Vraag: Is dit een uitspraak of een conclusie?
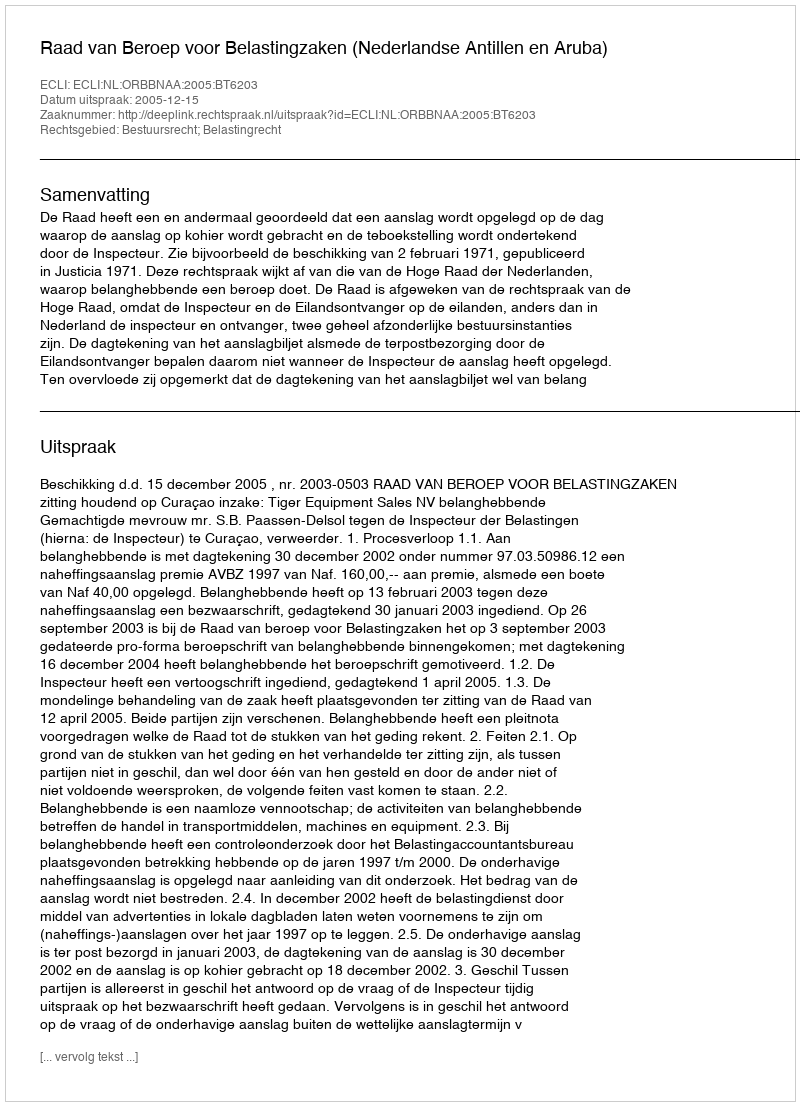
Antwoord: Uitspraak